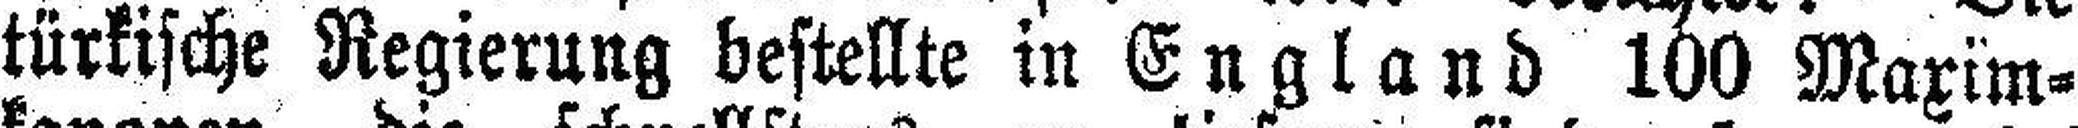
türkische Regierung bestellte in England 100 Maxim¬